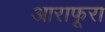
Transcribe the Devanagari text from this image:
आराफूरा